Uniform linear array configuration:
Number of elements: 64
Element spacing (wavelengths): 0.25
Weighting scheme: cosine
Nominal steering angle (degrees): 60
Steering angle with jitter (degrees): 59.179
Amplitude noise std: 0.05
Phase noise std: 0.05

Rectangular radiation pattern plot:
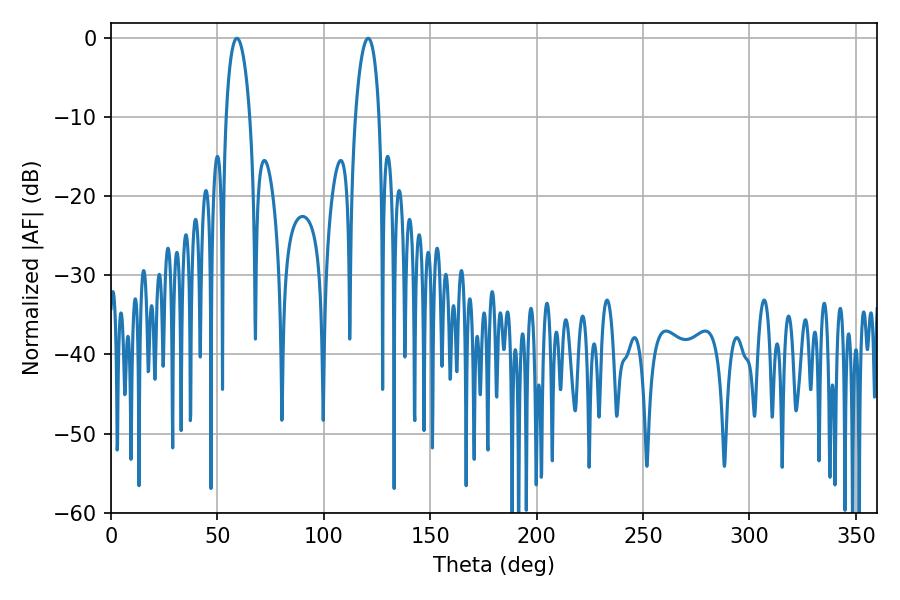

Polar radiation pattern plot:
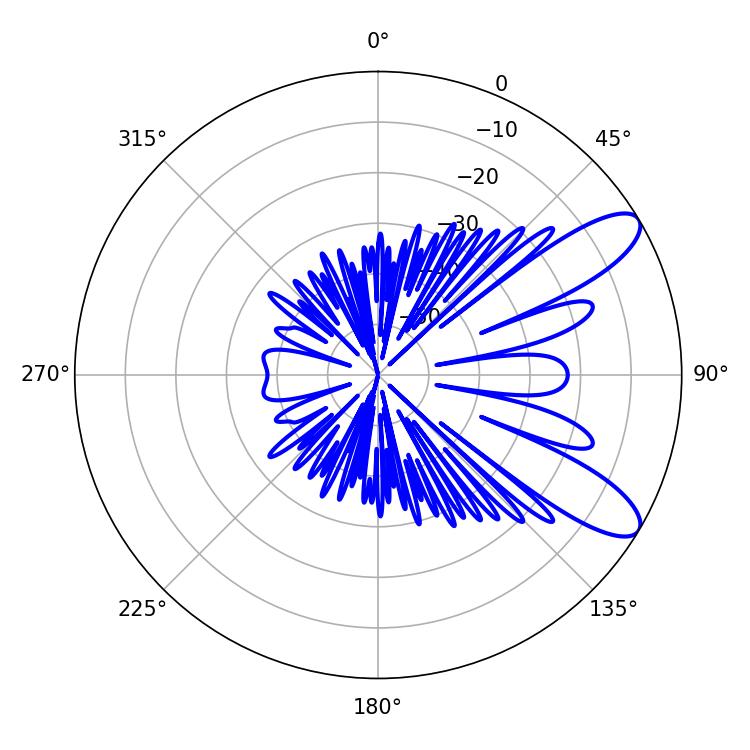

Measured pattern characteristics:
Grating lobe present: FALSE
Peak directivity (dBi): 9.765
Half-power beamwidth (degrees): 6.3
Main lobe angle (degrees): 120.78